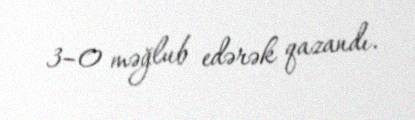
3–0 məğlub edərək qazandı.